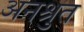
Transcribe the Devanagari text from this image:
अनश्रुत